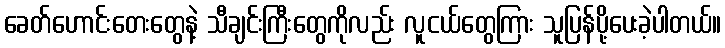
ခေတ်ဟောင်းတေးတွေနဲ့ သီချင်းကြီးတွေကိုလည်း လူငယ်တွေကြား သူပြန်ပို့ပေးခဲ့ပါတယ်။